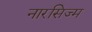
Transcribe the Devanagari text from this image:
नारसिज्म